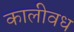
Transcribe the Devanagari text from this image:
कालीवध